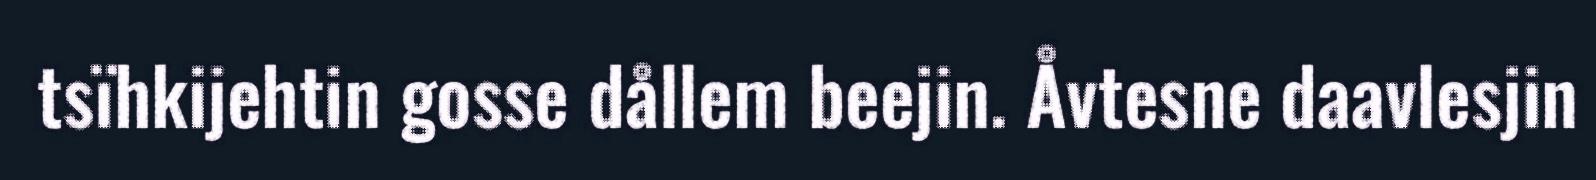
tsïhkijehtin gosse dållem beejin. Åvtesne daavlesjin